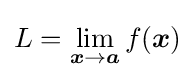
L=\lim _{{\boldsymbol {x}}\to {\boldsymbol {a}}}f({\boldsymbol {x}})